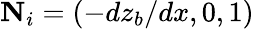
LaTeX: {\mathbf N}_{i}=(-dz_{b}/dx,0,1)